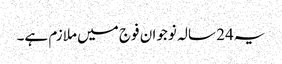
یہ24 سالہ نوجوان فوج میں ملازم ہے۔